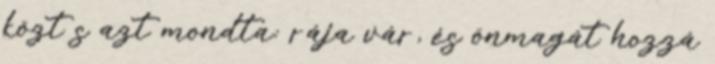
közt s azt mondta: rája vár, és önmagát hozzá